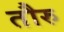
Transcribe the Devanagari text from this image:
तौरु